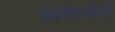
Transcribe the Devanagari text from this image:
आईएओपी